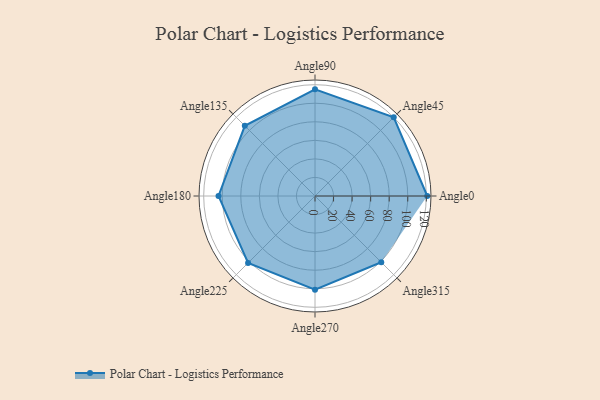
{"axis": {"x": "Angle", "y": "Radius"}, "legend": [""], "data": [{"x": "Angle0", "y": 121.0, "type": ""}, {"x": "Angle45", "y": 120.0, "type": ""}, {"x": "Angle90", "y": 115.0, "type": ""}, {"x": "Angle135", "y": 107.0, "type": ""}, {"x": "Angle180", "y": 104.0, "type": ""}, {"x": "Angle225", "y": 102.0, "type": ""}, {"x": "Angle270", "y": 101.0, "type": ""}, {"x": "Angle315", "y": 101.0, "type": ""}]}